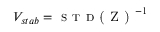
V _ { s t a b } = \textsc { s t d ( Z ) } ^ { - 1 }